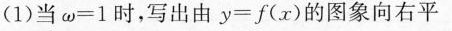
(1)当\omega=1时，写出由$$y = f ( x )$$的图象向右平